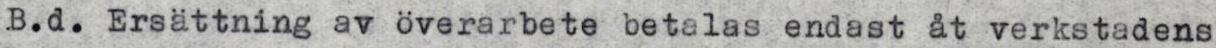
B.d. Ersättning av överarbete betalas endast åt verkstadens